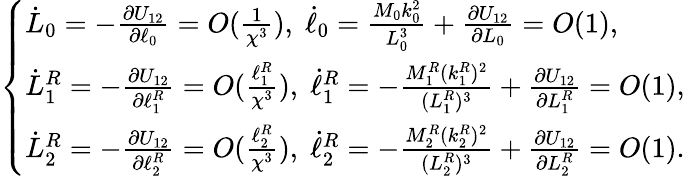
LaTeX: \left\{ \begin{array}{ll}{\dot{L}_{0}=-\frac{\partial U_{12}}{\partial\ell_{0}}=O(\frac{1}{\chi^{3}}),\; \dot{\ell}_{0}=\frac{M_{0}k_{0}^{2}}{L_{0}^{3}}+\frac{\partial U_{12}}{\partial L_{0}}=O(1),}\\ {\dot{L}_{1}^{R}=-\frac{\partial U_{12}}{\partial\ell_{1}^{R}}=O(\frac{\ell_{1}^{R}}{\chi^{3}}),\; \dot{\ell}_{1}^{R}=-\frac{M_{1}^{R}(k_{1}^{R})^{2}}{(L_{1}^{R})^{3}}+\frac{\partial U_{12}}{\partial L_{1}^{R}}=O(1),}\\ {\dot{L}_{2}^{R}=-\frac{\partial U_{12}}{\partial\ell_{2}^{R}}=O(\frac{\ell_{2}^{R}}{\chi^{3}}),\; \dot{\ell}_{2}^{R}=-\frac{M_{2}^{R}(k_{2}^{R})^{2}}{(L_{2}^{R})^{3}}+\frac{\partial U_{12}}{\partial L_{2}^{R}}=O(1).}\end{array}\right.